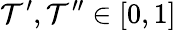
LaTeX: \mathcal{T}^{\prime},\mathcal{T}^{\prime\prime}\in\lbrack0,1]